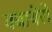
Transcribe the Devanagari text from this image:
क्बायेरो